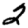
Digit: 2